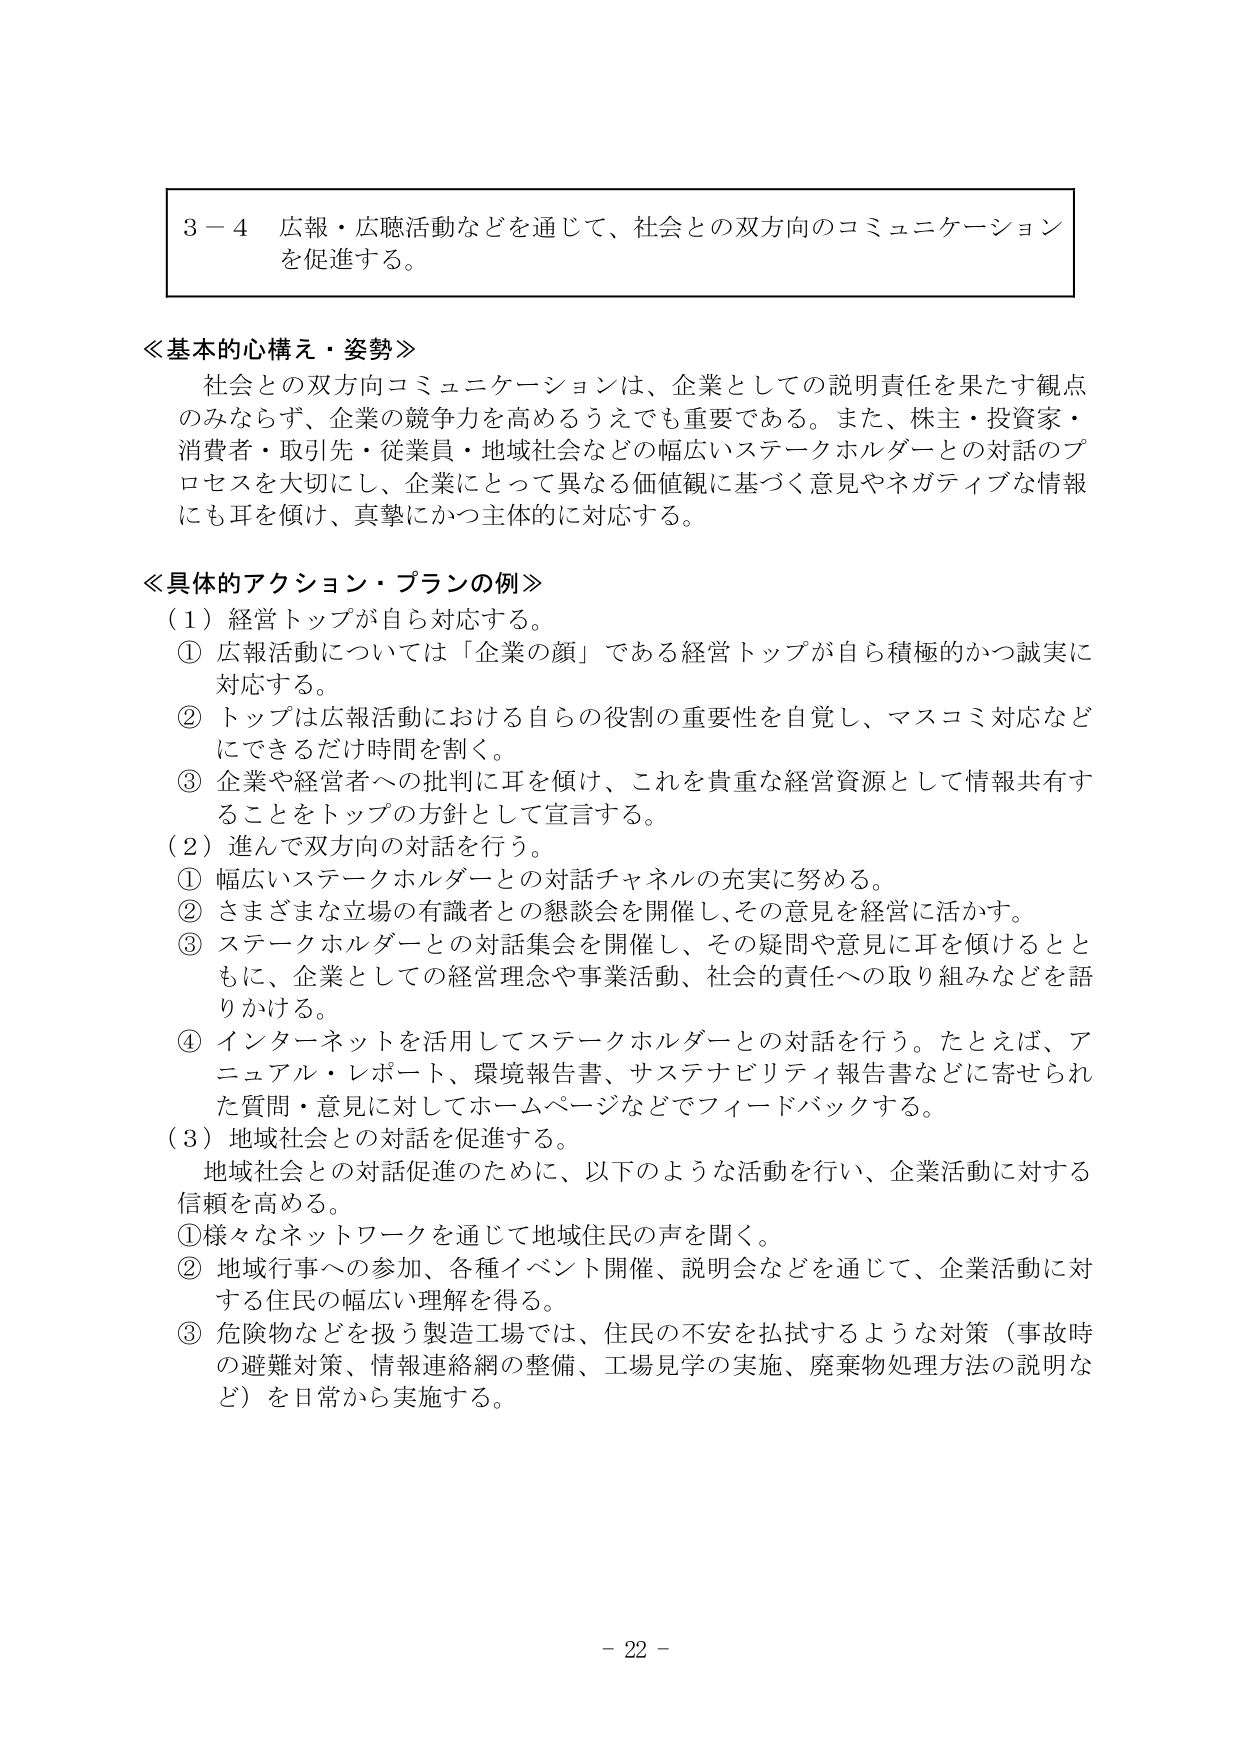
3－4 広報・広聴活動などを通じて、社会との双方向のコミュニケーションを促進する。

≪基本的心構え・姿勢≫
社会との双方向コミュニケーションは、企業としての説明責任を果たす観点のみならず、企業の競争力を高めるうえでも重要である。また、株主・投資家・消費者・取引先・従業員・地域社会などの幅広いステークホルダーとの対話のプロセスを大切にし、企業にとって異なる価値観に基づく意見やネガティブな情報にも耳を傾け、真摯にかつ主体的に対応する。

≪具体的アクション・プランの例≫
（1）経営トップが自ら対応する。
① 広報活動については「企業の顔」である経営トップが自ら積極的かつ誠実に対応する。
② トップは広報活動における自らの役割の重要性を自覚し、マスコミ対応などにできるだけ時間を割く。
③ 企業や経営者への批判に耳を傾け、これを貴重な経営資源として情報共有することをトップの方針として宣言する。
（2）進んで双方向の対話を行う。
① 幅広いステークホルダーとの対話チャネルの充実に努める。
② さまざまな立場の有識者との懇談会を開催し、その意見を経営に活かす。
③ ステークホルダーとの対話集会を開催し、その疑問や意見に耳を傾けるとともに、企業としての経営理念や事業活動、社会的責任への取り組みなどを語りかける。
④ インターネットを活用してステークホルダーとの対話を行う。たとえば、アニュアル・レポート、環境報告書、サステナビリティ報告書などに寄せられた質問・意見に対してホームページなどでフィードバックする。
（3）地域社会との対話を促進する。
地域社会との対話促進のために、以下のような活動を行い、企業活動に対する信頼を高める。
① 様々なネットワークを通じて地域住民の声を聞く。
② 地域行事への参加、各種イベント開催、説明会などを通じて、企業活動に対する住民の幅広い理解を得る。
③ 危険物などを扱う製造工場では、住民の不安を払拭するような対策（事故時の避難対策、情報連絡網の整備、工場見学の実施、廃棄物処理方法の説明など）を日常から実施する。

－ 22 －